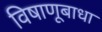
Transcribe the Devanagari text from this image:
विषाणूबाधा